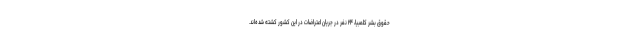
حقوق بشر کلمبیا، ۲۴ نفر در جریان اعتراضات در این کشور کشته شده‌اند.